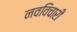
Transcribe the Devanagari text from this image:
नवविचारी